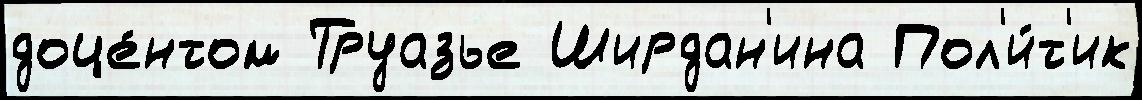
доце́нтом Труазье Ширдан'ина Пол'и́т'ик